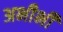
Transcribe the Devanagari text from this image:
अभीभी